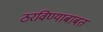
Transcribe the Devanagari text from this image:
ठरविण्याबाबत